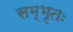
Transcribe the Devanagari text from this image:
सम्भृतः